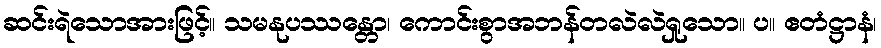
ဆင်းရဲသောအားဖြင့်။ သမနုပဿန္တော၊ ကောင်းစွာအဘန်တလဲလဲရှုသော။ ပ။ ဧတံဋ္ဌာနံ၊